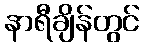
နာရီချိန်တွင်